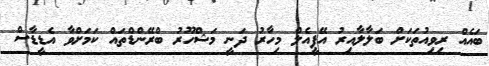
ބައެއް ރިވިއުތަކަށް ބަލާލާއިރު އޭޕީއެލް މިހާރު ދަނީ މަޝްހޫރު ބްރޭންޑްތައް ކަމަށްވާ އެޑީޑާސް